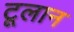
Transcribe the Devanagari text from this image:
टूलान